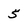
Character: 5